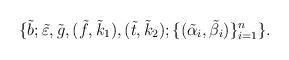
LaTeX: \begin{align*}\{\tilde{b}; \tilde{\varepsilon},\tilde{g},(\tilde{f},\tilde{k}_1),(\tilde{t},\tilde{k}_2); \{(\tilde{\alpha}_i,\tilde{\beta}_i)\}_{i=1}^{n}\}.\end{align*}